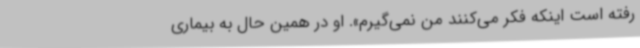
رفته است اینکه فکر می‌کنند من نمی‌گیرم». او در همین حال به بیماری